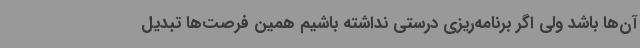
آن‌ها باشد ولی اگر برنامه‌ریزی درستی نداشته باشیم همین فرصت‌ها تبدیل